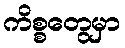
ကိစ္စတွေမှာ